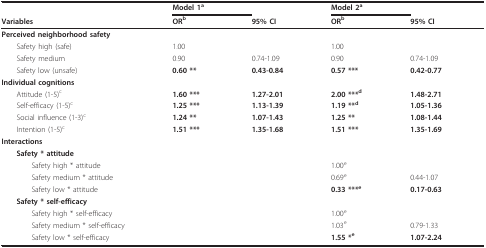
|  | Model 1a |  | Model 2a |  |
 | Variables | ORb | 95% CI | ORb | 95% CI |
 | --- | --- | --- | --- | --- |
 | Perceived neighborhood safety |  |  |  |  |
 | Safety high (safe) | 1.00 |  | 1.00 |  |
 | Safety medium | 0.90 | 0.74-1.09 | 0.90 | 0.74-1.09 |
 | Safety low (unsafe) | 0.60 ** | 0.43-0.84 | 0.57 *** | 0.42-0.77 |
 | Individual cognitions |  |  |  |  |
 | Attitude (1-5)c | 1.60 *** | 1.27-2.01 | 2.00 ***d | 1.48-2.71 |
 | Self-efficacy (1-5)c | 1.25 *** | 1.13-1.39 | 1.19 **d | 1.05-1.36 |
 | Social influence (1-3)c | 1.24 ** | 1.07-1.43 | 1.25 ** | 1.08-1.44 |
 | Intention (1-5)c | 1.51 *** | 1.35-1.68 | 1.51 *** | 1.35-1.69 |
 | Interactions |  |  |  |  |
 | Safety * attitude |  |  |  |  |
 | Safety high * attitude |  |  | 1.00e |  |
 | Safety medium * attitude |  |  | 0.69e | 0.44-1.07 |
 | Safety low * attitude |  |  | 0.33 ***e | 0.17-0.63 |
 | Safety * self-efficacy |  |  |  |  |
 | Safety high * self-efficacy |  |  | 1.00e |  |
 | Safety medium * self-efficacy |  |  | 1.03e | 0.79-1.33 |
 | Safety low * self-efficacy |  |  | 1.55 *e | 1.07-2.24 |